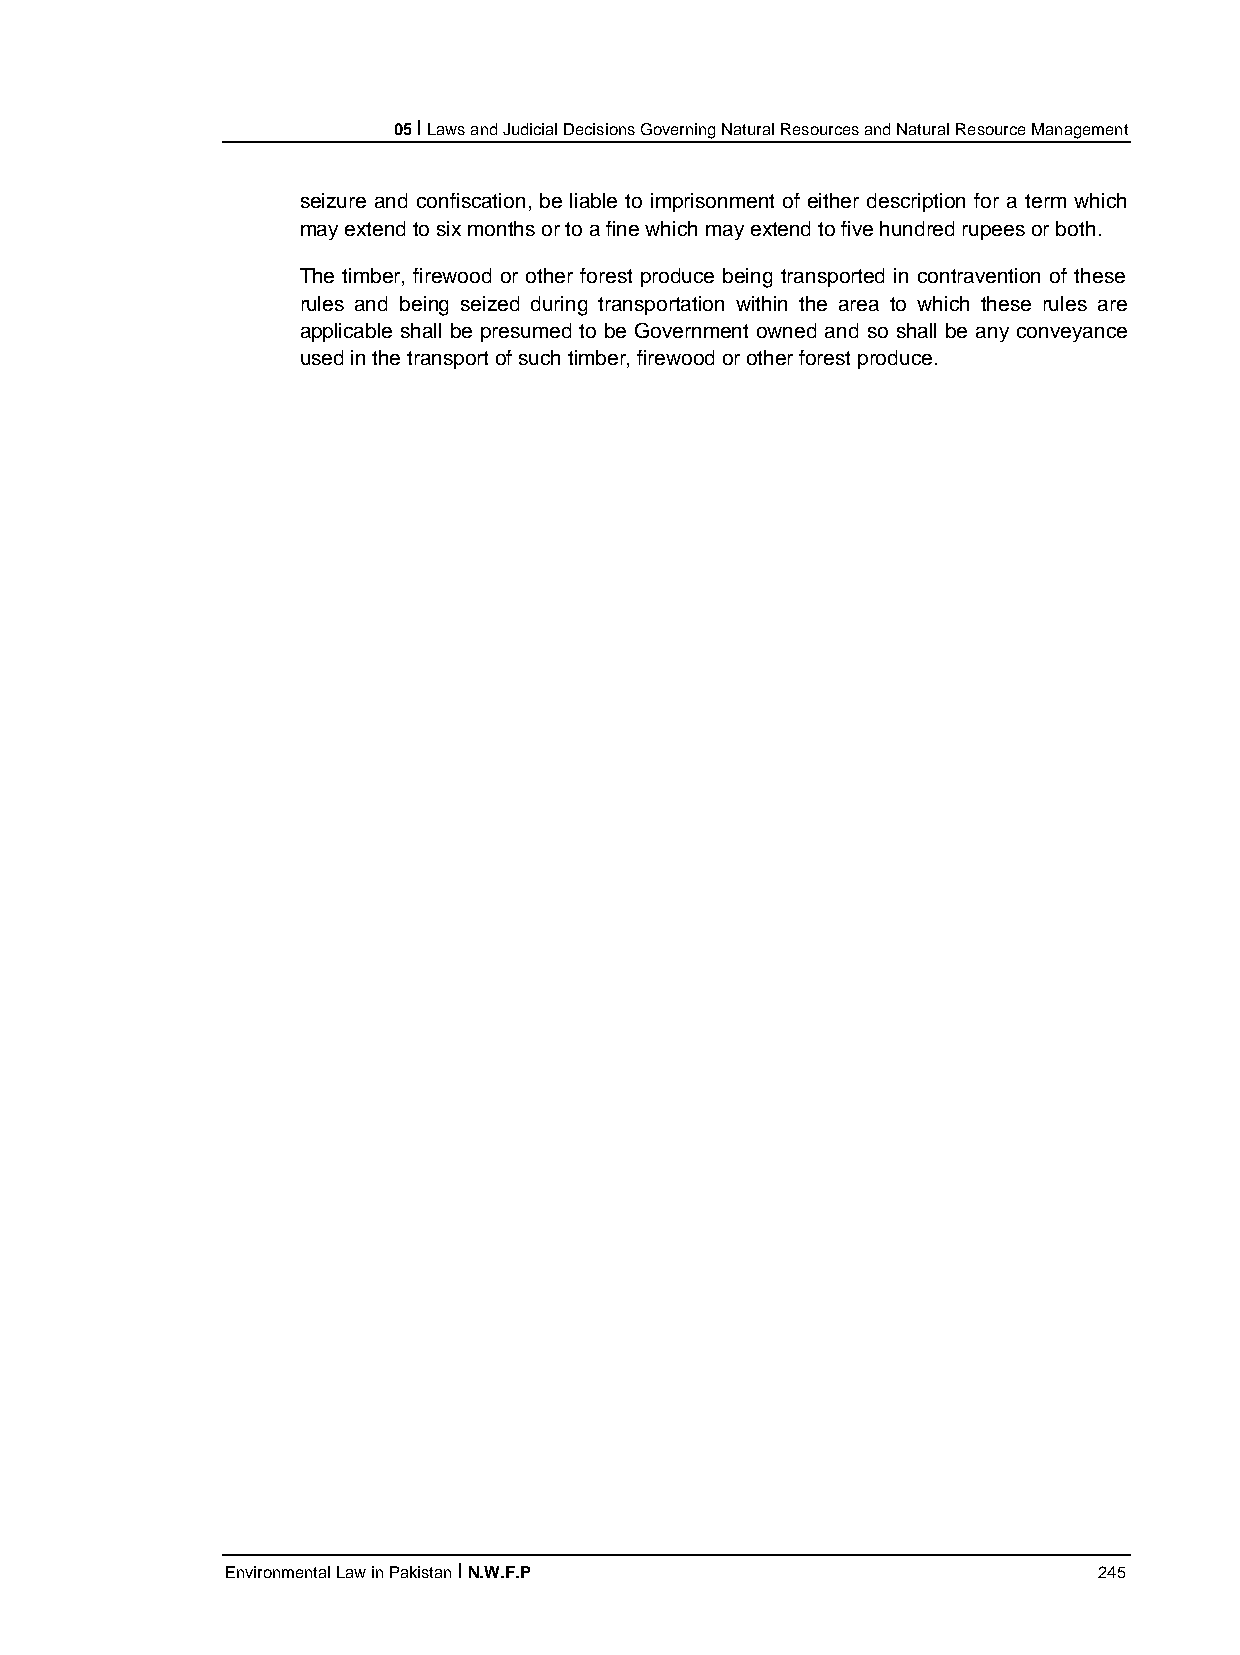
05 I Laws and Judicial Decisions Governing Natural Resources and Natural Resource Management
 seizure and confiscation, be liable to imprisonment of either description for a term which
 may extend to six months or to a fine which may extend to five hundred rupees or both.
 The timber, firewood or other forest produce being transported in contravention of these
 rules and being seized during transportation within the area to which these rules are
 applicable shall be presumed to be Government owned and so shall be any conveyance
 used in the transport of such timber, firewood or other forest produce.
 Environmental Law in Pakistan I N.W.F.P                   245